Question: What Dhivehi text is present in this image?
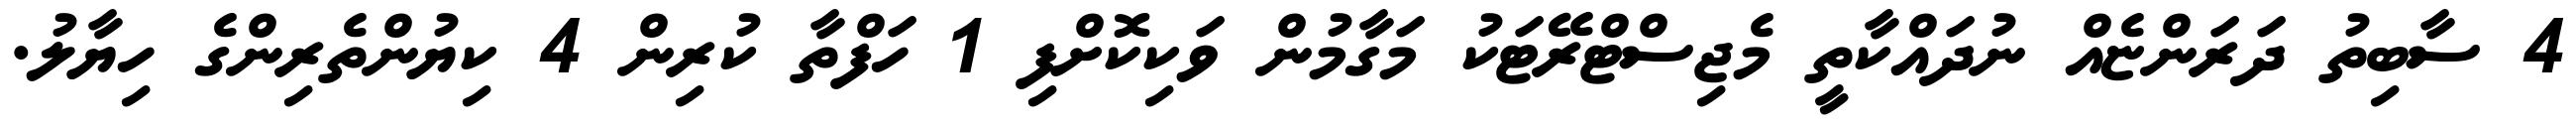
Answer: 4 ސާބިތު ދަރަންޏެއް ނުދައްކާތީ މެޖިސްޓްރޭޓަކު މަގާމުން ވަކިކޮށްފި 1 ހަފްތާ ކުރިން 4 ކިޔުންތެރިންގެ ހިޔާލު.